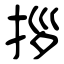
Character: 拶